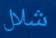
شلال